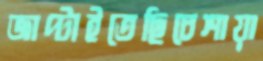
জাপ্‌টাইতেছিচেশায়া